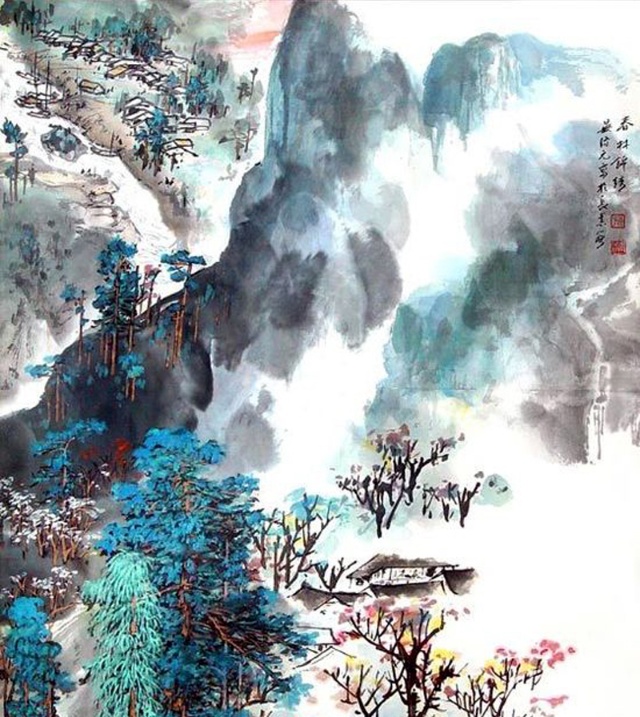
水色渌且明，令人思镜湖。